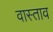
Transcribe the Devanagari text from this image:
वास्ताव